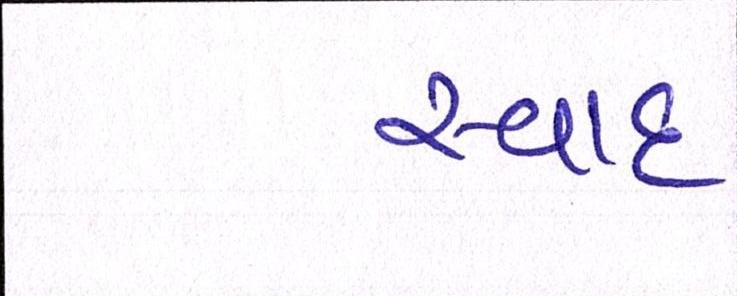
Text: સ્વાદ